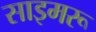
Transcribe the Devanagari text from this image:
साइमरू